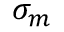
\sigma _ { m } \,